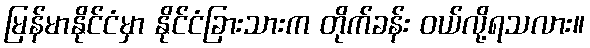
မြန်မာနိုင်ငံမှာ နိုင်ငံခြားသားက တိုက်ခန်း ဝယ်လို့ရသလား။